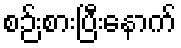
စဉ်းစားပြီးနောက်